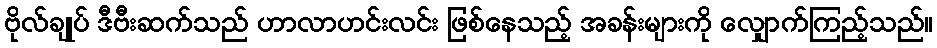
ဗိုလ်ချုပ် ဒီဗီးဆက်သည် ဟာလာဟင်းလင်း ဖြစ်နေသည့် အခန်းများကို လျှောက်ကြည့်သည်။